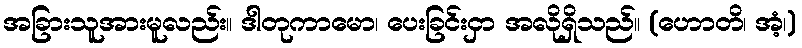
အခြားသူအားမူလည်း။ ဒါတုကာမော၊ ပေးခြင်းငှာ အလိုရှိသည်။ (ဟောတိ၊ အံ့၊)